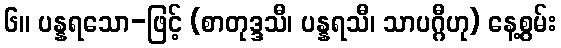
၆။ ပန္နရသော-ဖြင့် (စာတုဒ္ဒသီ၊ ပန္နရသီ၊ သာပဂ္ဂီဟု) နေ့စွမ်း